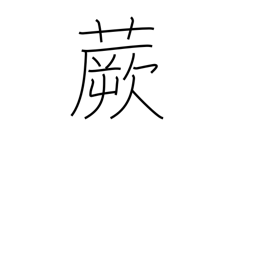
Meaning: fernbrake